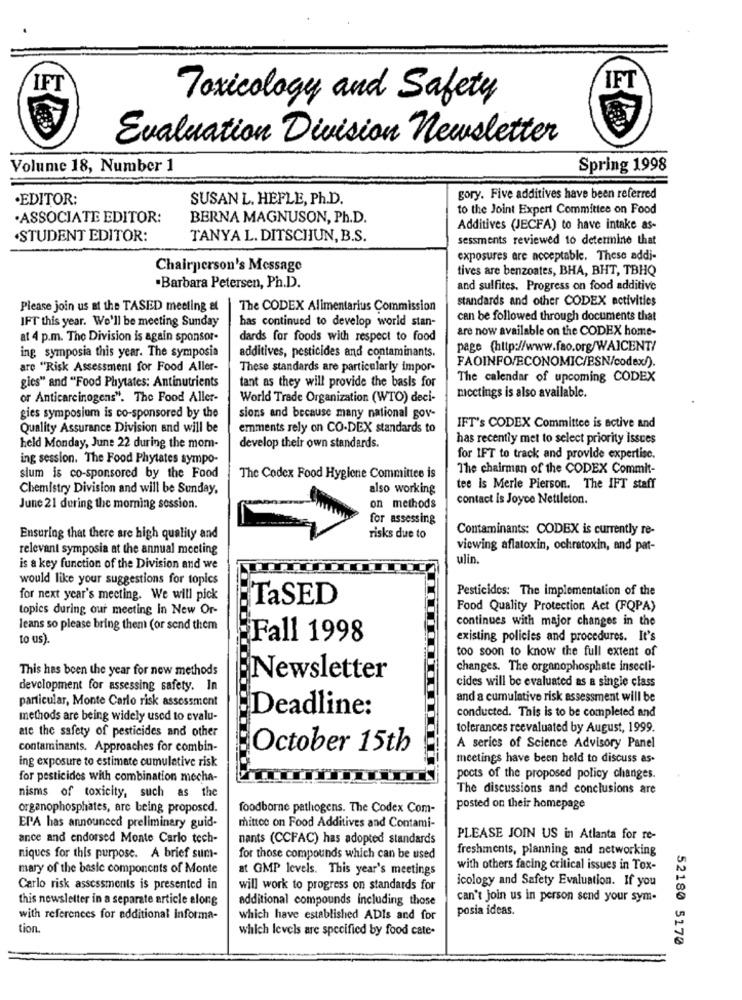
IFT
IFT
Toxicology and Safety
Evaluation Division newsletter
Volume 18, Number 1
Spring 1998
.EDITOR:
SUSAN L. HEFLE, Ph.D.
gory. Five additives have been referred
to the Joint Expert Committee on Food
· ASSOCIATE EDITOR:
BERNA MAGNUSON, Ph.D.
Additives (JECFA) to have intake as-
STUDENT EDITOR:
TANYA L. DITSCHUN, B.S.
sessments reviewed to determine that
exposures are acceptable. These addi-
Chairperson's Message
tives are benzoates, BHA, BHT, TBHQ
·Barbara Petersen, Ph.D).
and sulfites. Progress on food additive
standards and other CODEX activities
Please join us at the TASED meeting at
The CODEX Alimentarius Commission
IFT this year. We'll be meeting Sunday
can be followed through documents that
has continued to develop world stan-
are now available on the CODEX home-
at 4 p.m. The Division is again sponsor-
dards for foods with respect to food
page (http://www.fao.org/WAICENT/
ing symposia this year. The symposia
additives, pesticides and contaminants.
FAOINFO/ECONOMIC/ESN/codex/).
are "Risk Assessment for Food Aller-
These standards are particularly impor-
tant as they will provide the basis for
The calendar of upcoming CODEX
gies" and "Food Phytates: Antinutrients
or Anticarcinogens". The Food Aller-
World Trade Organization (WTO) deci-
meetings is also available.
gies symposium is co-sponsored by the
sions and because many national gov-
Quality Assurance Division and will be
emments rely on CO-DEX standards to
IFT's CODEX Committee is active and
has recently met to select priority issues
held Monday, June 22 during the mom-
develop their own standards.
ing session. The Food Phytates sympo-
for 1FT to track and provide expertise.
The chairman of the CODEX Commit-
slum is co-sponsored by the Food
The Codex Food Hygiene Committee is
Chemistry Division and will be Sunday,
also working
tee is Merle Pierson. The IFT staff
contact is Joyce Nettleton.
June 21 during the morning session.
on methods
for assessing
Contaminants: CODEX is currently re-
Ensuring that there are high quality and
risks due to
relevant symposia at the annual meeting
viewing aflatoxin, ochratoxin, and pat-
ulin.
is a key function of the Division and we
would like your suggestions for topics
Pesticides: The implementation of the
for next year's meeting. We will pick
TaSED
topics during our meeting in New Or-
Food Quality Protection Act (FQPA)
continues with major changes in the
leans so please bring them (or send them
to us).
:Fall 1998
existing policies and procedures. It's
too soon to know the full extent of
This has been the year for new methods
changes. The organophosphate insecti-
Newsletter
cides will be evaluated as a single class
development for assessing safety. In
particular, Monte Carlo risk assessment
and a cumulative risk assessment will be
:Deadline:
methods are being widely used to evalu-
conducted. This is to be completed and
ate the safety of pesticides and other
tolerances reevaluated by August, 1999.
contaminants. Approaches for combin-
October 15th
A series of Science Advisory Panel
ing exposure to estimate cumulative risk
meetings have been held to discuss as-
for pesticides with combination mocha-
pocts of the proposed policy changes.
The discussions and conclusions are
nisms of toxicity, such as the
organophosphates, are being proposed.
foodborne pathogens. The Codex Com-
posted on their homepage
EPA has announced preliminary guid-
mittee on Food Additives and Contami-
ance and endorsed Monte Carlo tech-
nants (CCFAC) has adopted standards
PLEASE JOIN US in Atlanta for re-
freshments, planning and networking
niques for this purpose. A brief sum-
for those compounds which can be used
mary of the basic components of Monte
at GMP levels. This year's meetings
with others facing critical issues in Tox-
icology and Safety Evaluation. If you
Carlo risk assessments is presented in
will work to progress on standards for
this newsletter in a separate article along
additional compounds including those
can't join us in person send your sym-
posia ideas.
with references for additional informa-
which have established ADIs and for
tion.
which levels are specified by food cate-
52180 5170